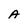
Character: A